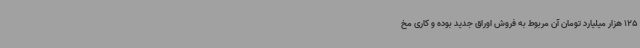
125 هزار میلیارد تومان آن مربوط به فروش اوراق جدید بوده و کاری مخ